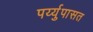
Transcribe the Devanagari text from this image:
पर्य्युपासत